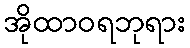
အိုထာဝရဘုရား